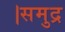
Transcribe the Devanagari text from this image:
।समुद्र